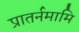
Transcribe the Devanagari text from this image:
प्रातर्नमामि